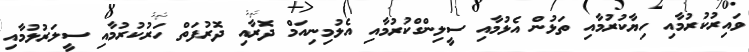
ވައިރުކުރުމާއި ހިޔާކުރުމާއި ތަޅުން އެޅުމާއި ސީލިންގްކުރުމާއި އެލުމިނިއަމް ދޮރާއި ދޮރުފަތް ހަރުކުރުމާއި ސީލަރުލުމާއި